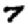
Digit: 7